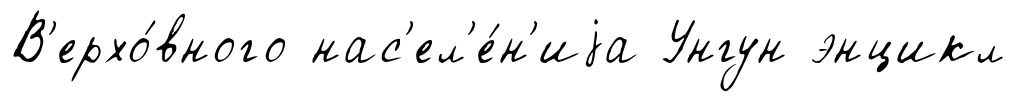
В'ерхо́вного нас'ел'е́н'иjа Унгун энцикл